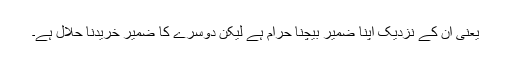
یعنی ان کے نزدیک اپنا ضمیر بیچنا حرام ہے لیکن دوسرے کا ضمیر خریدنا حلال ہے۔